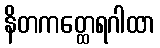
နိတကတ္ထေရဂါထာ